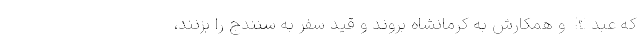
که عبدالله و همکارش به کرمانشاه بروند و قید سفر به سنندج را بزنند،